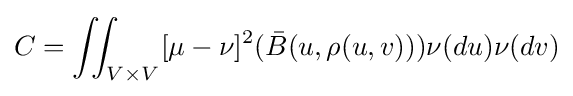
C=\iint _{V\times V}[\mu -\nu ]^{2}({\bar {B}}(u,\rho (u,v)))\nu (du)\nu (dv)